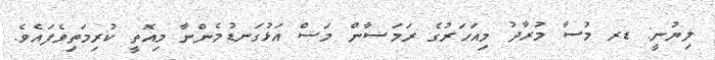
ލިޔުނީ: ޑރ މުސާ މުރާދު މިއަހަރުގެ ރަމަޟާން މަސް އަޅުގަނޑުމެންނާ މިއޮތީ ކުރިމަތިވެފައެވެ.